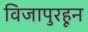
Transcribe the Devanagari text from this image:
विजापुरहून